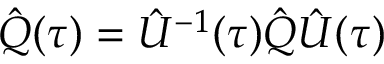
\hat { Q } ( \tau ) = \hat { U } ^ { - 1 } ( \tau ) \hat { Q } \hat { U } ( \tau )